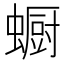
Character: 蟵